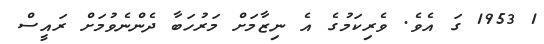
1 1953 ގަ އެވެ. ވެރިކަމުގެ އެ ނިޒާމަށް މަރުހަބާ ދެންނެވުމަށް ރައީސް